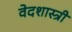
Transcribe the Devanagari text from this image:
वेदशास्त्री